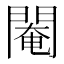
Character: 閹